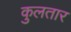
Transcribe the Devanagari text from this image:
कुलतार